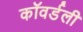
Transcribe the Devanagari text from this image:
कॉवर्डली